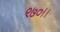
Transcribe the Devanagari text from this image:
९७०।।